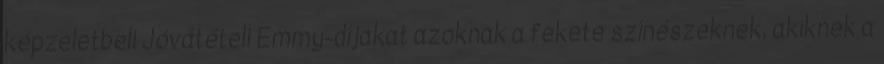
képzeletbeli Jóvátételi Emmy-díjakat azoknak a fekete színészeknek, akiknek a